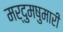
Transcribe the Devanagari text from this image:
मर्दुमषुमारी